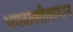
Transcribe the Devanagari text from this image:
भगवल्लीलागान